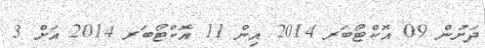
ދަށުން 09 އޮކްޓޯބަރ 2014 އިން 11 އޮކްޓޯބަރ 2014 އަށް 3